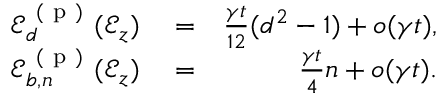
\begin{array} { r l r } { \mathscr { E } _ { d } ^ { \mathrm { ~ ( ~ p ~ ) ~ } } ( \mathcal { E } _ { z } ) } & { { } = } & { \frac { \gamma t } { 1 2 } ( d ^ { 2 } - 1 ) + o ( \gamma t ) , } \\ { \mathscr { E } _ { b , n } ^ { \mathrm { ~ ( ~ p ~ ) ~ } } ( \mathcal { E } _ { z } ) } & { { } = } & { \frac { \gamma t } { 4 } n + o ( \gamma t ) . } \end{array}